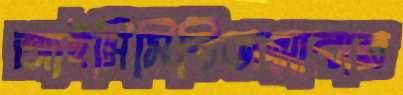
আইসিসিবিজন্মাবার